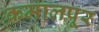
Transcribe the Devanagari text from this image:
कमालपूर